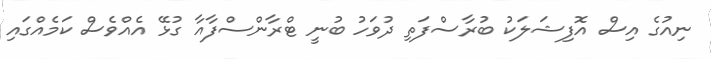
ނިއުގެ އިސް އޮފިޝަލަކު ބުރާސްފަތި ދުވަހު ބުނީ ޓްރާންސްފާއާ ގުޅޭ އެއްވެސް ކަމެއްގައި